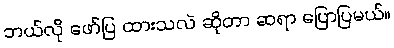
ဘယ်လို ဖော်ပြ ထားသလဲ ဆိုတာ ဆရာ ပြောပြမယ်။